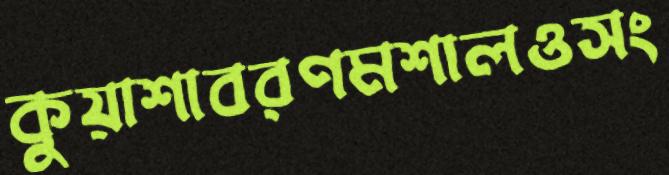
কুয়াশাবরণমশালওসং